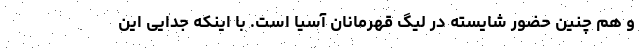
و هم چنین حضور شایسته در لیگ قهرمانان آسیا است. با اینکه جدایی این